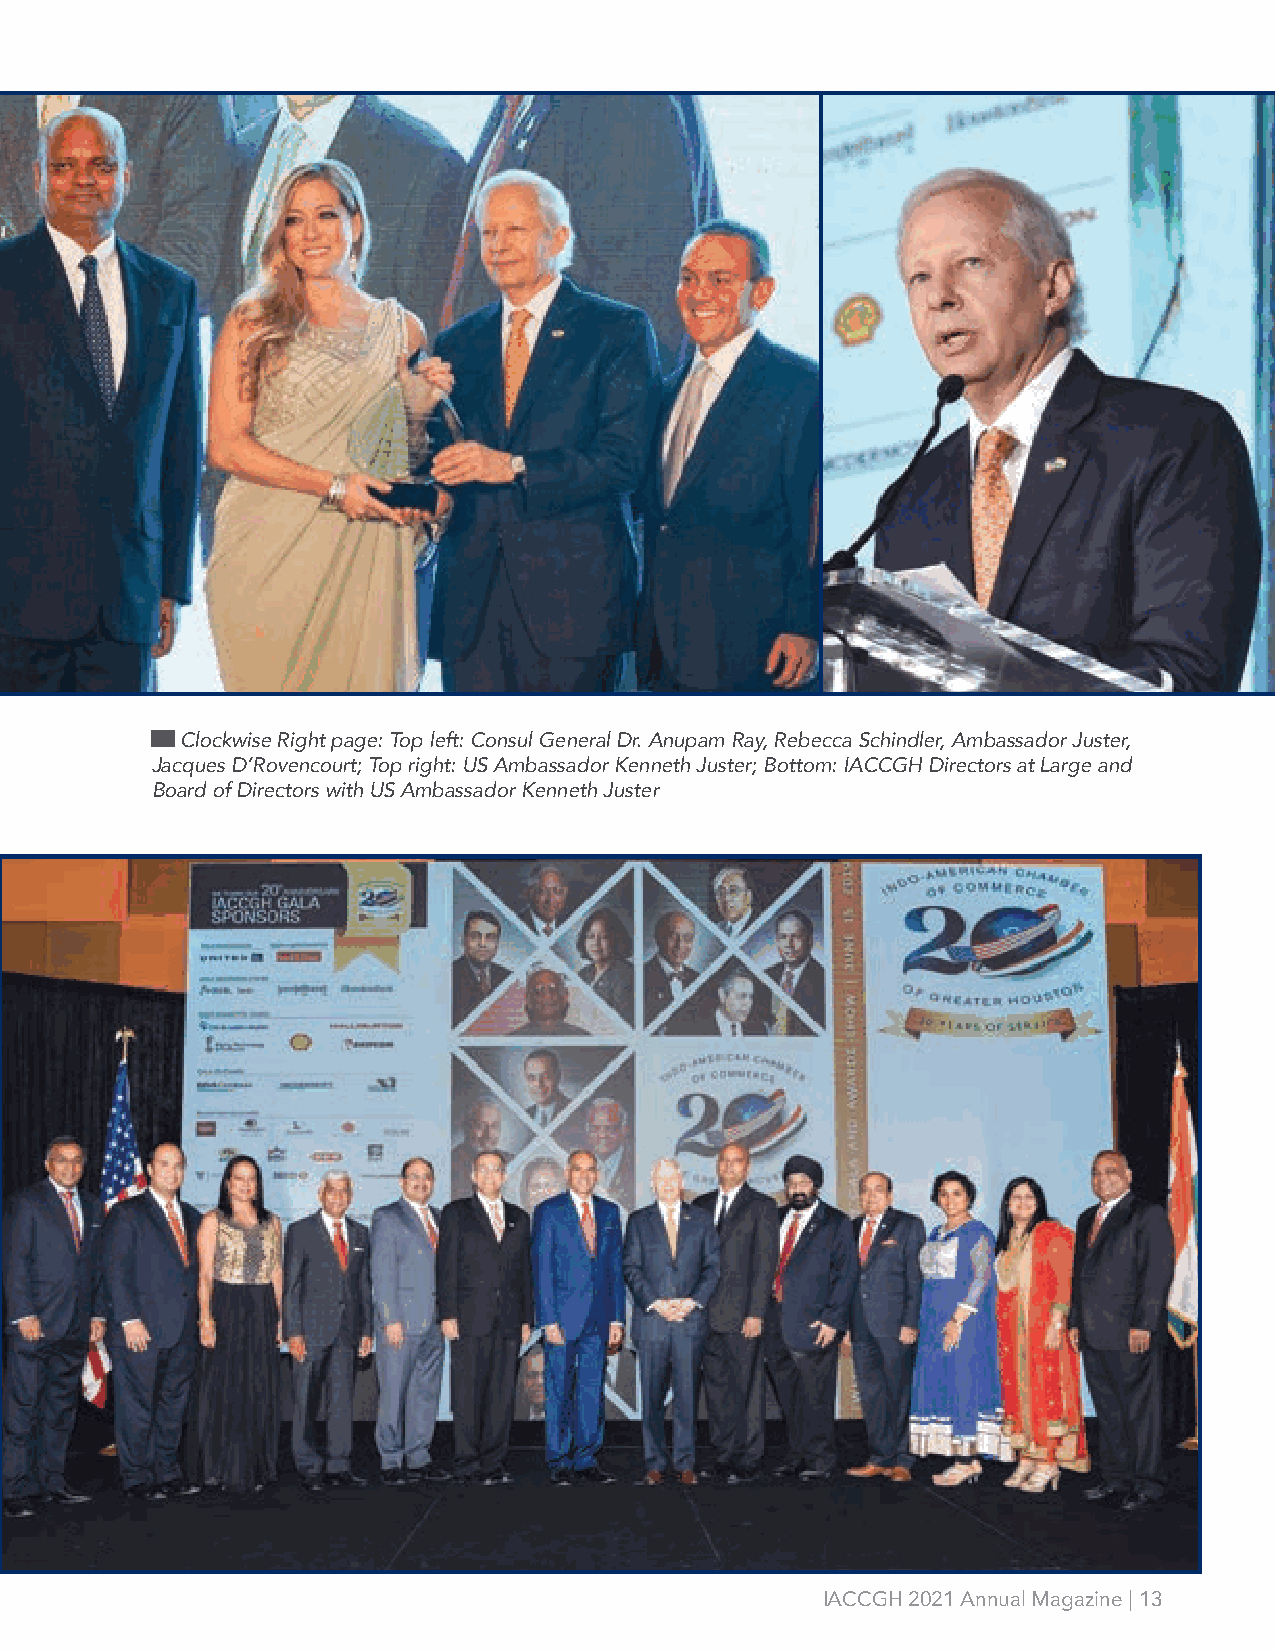
Clockwise Right page: Top left: Consul General Dr. Anupam Ray, Rebecca Schindler, Ambassador Juster,
 Jacques D’Rovencourt; Top right: US Ambassador Kenneth Juster; Bottom: IACCGH Directors at Large and
 Board of Directors with US Ambassador Kenneth Juster
 IACCGH 2021 Annual Magazine | 13